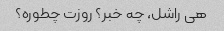
هی راشل، چه خبر؟ روزت چطوره؟